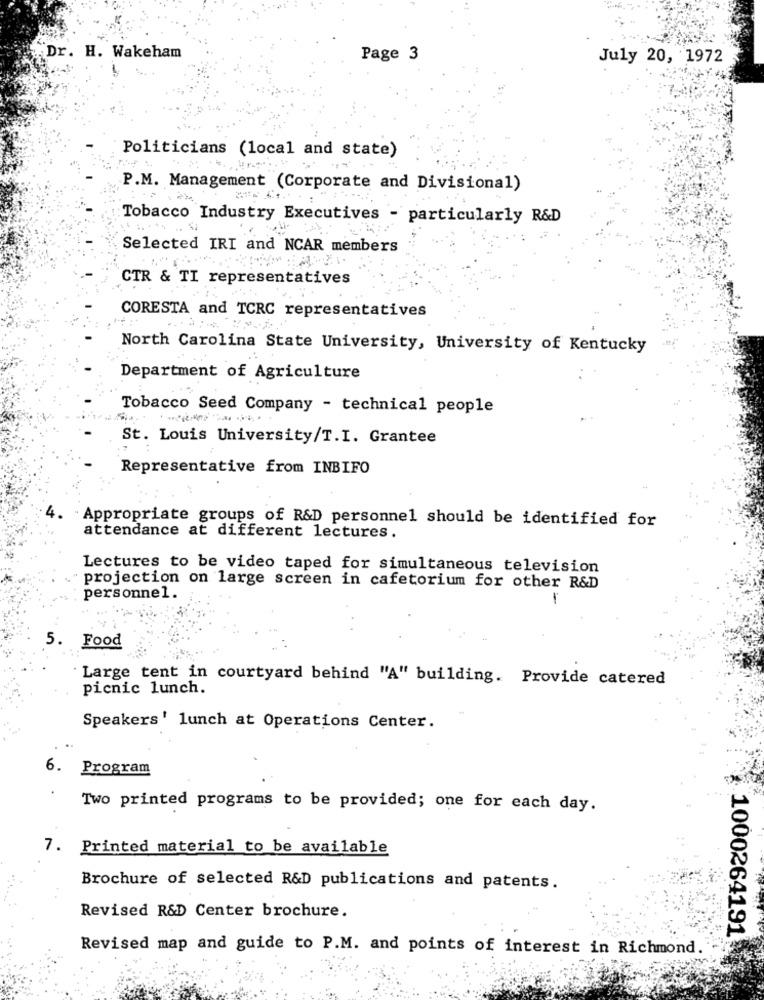
Dr. H. Wakeham
Page 3
July 20, 1972
Politicians (local and state)
P.M. Management (Corporate and Divisional)
Tobacco Industry Executives - particularly R&D
Selected IRI and NCAR members
CTR & TI representatives
CORESTA and TCRC representatives
North Carolina State University, University of Kentucky
Department of Agriculture
Tobacco Seed Company - technical people
St. Louis University/T.I. Grantee
Representative from INBIFO
4.
Appropriate groups of R&D personnel should be identified for
attendance at different lectures.
Lectures to be video taped for simultaneous television
projection on large screen in cafetorium for other R&D
personnel.
5.
Food
'Large tent in courtyard behind "A" building. Provide catered
picnic lunch.
Speakers' lunch at Operations Center.
6. Program
Two printed programs to be provided; one for each day.
7. Printed material to be available
Brochure of selected R&D publications and patents.
Revised R&D Center brochure.
1000264191
Revised map and guide to P.M. and points of interest in Richmond